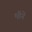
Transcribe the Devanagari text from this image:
भीने